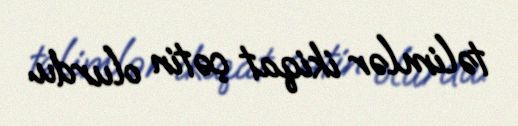
təlimlər ikiqat çətin olurdu.